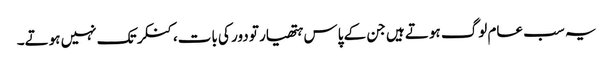
یہ سب عام لوگ ہوتے ہیں جن کے پاس ہتھیار تو دور کی بات،کنکر تک نہیں ہوتے۔